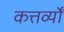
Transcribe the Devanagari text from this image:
कत्तर्व्यों